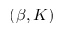
( \beta , K )